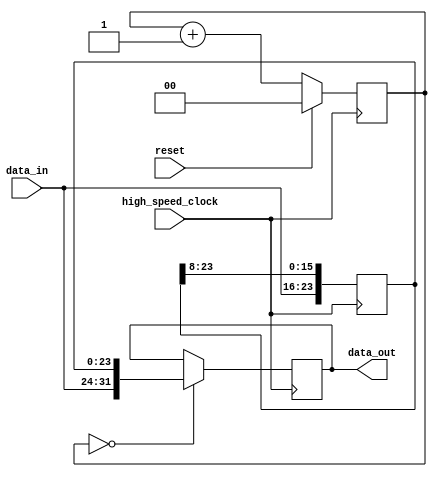
module deserializer
#(
	parameter D = 8,  // data bitwidth
	parameter S = 4,  // deserialization ratio
	parameter INITIAL_S = 0  // initial deserialization ratio, defaults to 0
)
(
	input reset,
	input high_speed_clock,
	input [D-1:0] data_in,
	output reg [D*S-1:0] data_out
);

reg [$clog2(S)-1:0] deserialization_ratio;

always @(posedge high_speed_clock)
begin
	if(reset) deserialization_ratio <= INITIAL_S;

	else deserialization_ratio <= deserialization_ratio + 1;
end

reg [D*(S-1)-1:0] data_temp;

always @(posedge high_speed_clock)
begin
	// new incoming data are inserted at most-significant-bits (MSB) position
	// The oldest data at least-significant-bits (LSB) position will be removed/dropped
	// all old data are shifted to the right such that the new data has enough space to fill in at MSB position

	data_temp <= {data_in, data_temp[D*(S-1)-1 : D]};
end

always @(posedge high_speed_clock)
begin
	// time to switch to new set of data
	if(deserialization_ratio == INITIAL_S) data_out <= {data_in, data_temp};  	 
end

endmodule